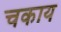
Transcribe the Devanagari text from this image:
चकाय